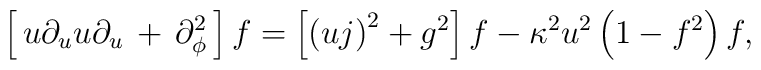
\left[\,u\partial_uu\partial_u\,+\,\partial^2_\phi\,\right]f=\left[\left(uj\right)^2+g^2\right]f-\kappa^2u^2\left(1-f^2\right)f,